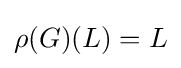
\rho (G)(L)=L